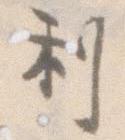
利